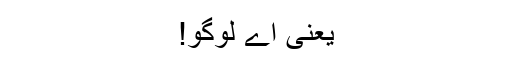
یعنی اے لوگو!